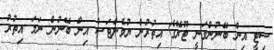
ސިޓީ އިން ބޭނުންވަނީ ޓޫރޭގެ އިތުރުން ޔުވެންޓަސް އިން ބޭނުން ނަމަ އިތުރު